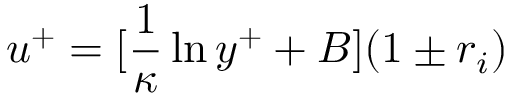
u ^ { + } = [ \frac { 1 } { \kappa } \ln y ^ { + } + B ] ( 1 \pm r _ { i } )